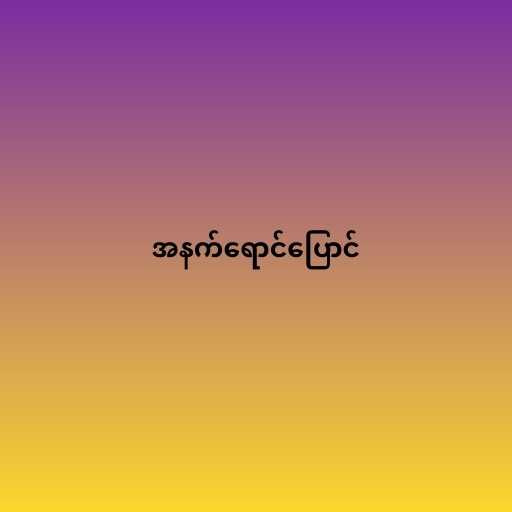
အနက်ရောင်ပြောင်